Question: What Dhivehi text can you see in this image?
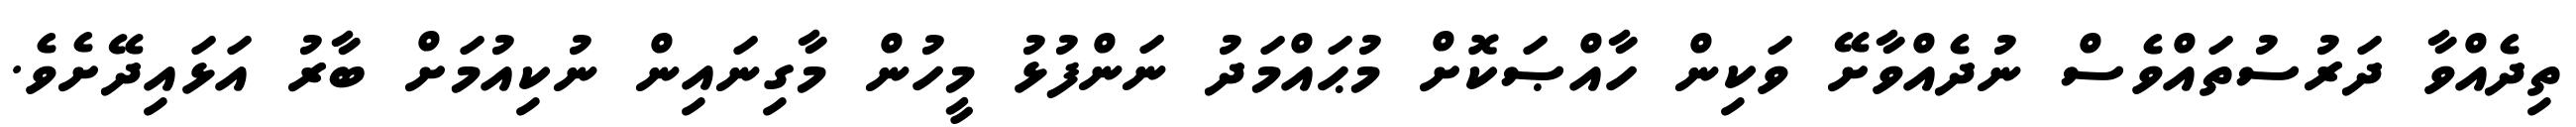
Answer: ތިދެއްވާ ދަރުސުތައްވެސް ނުދެއްވާށޭ ވަކިން ހާއްޞަކޮށް މުޙައްމަދު ނަންފުޅު މީހުން މާގިނައިން ނުކިއުމަށް ބާރު އަޅައިދޭށެވެ.